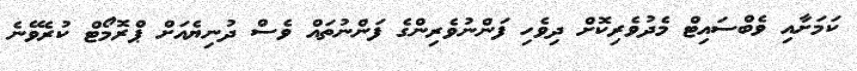
ކަމަށާއި ވެބްސައިޓް މެދުވެރިކޮށް ދިވެހި ފަންނުވެރިންގެ ފަންނުތައް ވެސް ދުނިޔެއަށް ޕްރޮމޯޓް ކުރެވޭނެ